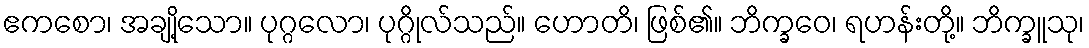
ဧကစော၊ အချို့သော။ ပုဂ္ဂလော၊ ပုဂ္ဂိုလ်သည်။ ဟောတိ၊ ဖြစ်၏။ ဘိက္ခဝေ၊ ရဟန်းတို့။ ဘိက္ခူသု၊